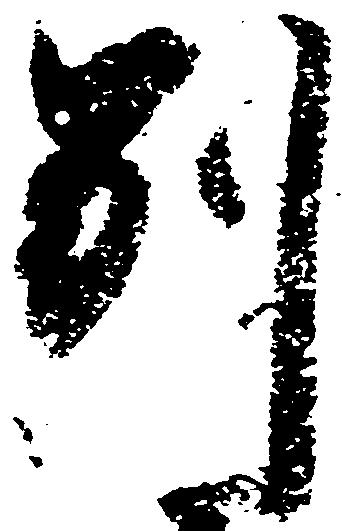
別